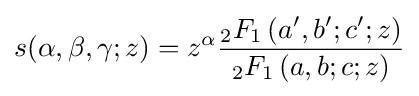
s(\alpha ,\beta ,\gamma ;z)=z^{\alpha }{\frac {_{2}F_{1}\left(a',b';c';z\right)}{_{2}F_{1}\left(a,b;c;z\right)}}